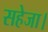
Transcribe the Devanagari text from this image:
सहेजा।